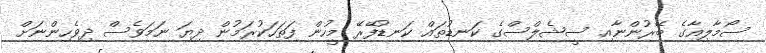
ސޯމާލިއާގެ ބޭރުންނާއި ސީޝެލްސްގެ ކަނޑުތައް ކަނޑުފޭރޭ މީހުން ފަތަހަކުރަމުން ދިޔަ ނަމަވެސް ދިވެހިންނަށް